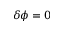
\delta \phi = 0